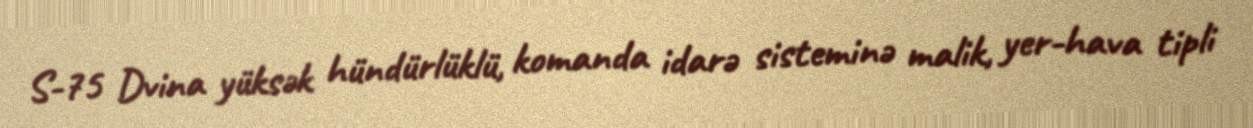
S-75 Dvina yüksək hündürlüklü, komanda idarə sisteminə malik, yer-hava tipli